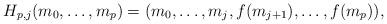
LaTeX: \begin{align*}H_{p,j}(m_0,\ldots,m_p)=(m_0,\ldots,m_j,f(m_{j+1}),\ldots,f(m_p)),\end{align*}